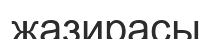
жазирасы